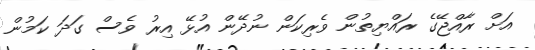
އަަށް ރާއްޖޭގެ ރައްޔިތުން ވެރިކަން ނުދޭން އުޅޭ އިރު ވެސް ގަދަ ކަމުން